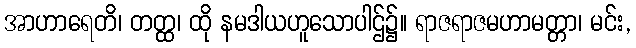
အာဟာရေတိ၊ တတ္ထ၊ ထို နမဒါယဟူသောပါဌ်၌။ ရာဇရာဇမဟာမတ္တာ၊ မင်း,